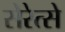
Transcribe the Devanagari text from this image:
सेरेत्से